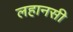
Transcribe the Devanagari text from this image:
लहानसी